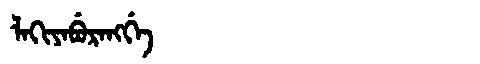
Manchu: ᠯᠠᡴᡳᠶᠠᠪᡠᡵᠠᠩᡤᡝ
Romanization: LAKIYABURANGGE